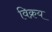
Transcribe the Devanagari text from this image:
विक्रय